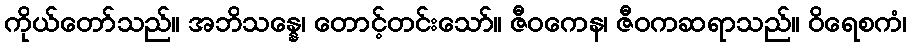
ကိုယ်တော်သည်။ အဘိသန္နေ၊ တောင့်တင်းသော်။ ဇီဝကေန၊ ဇီဝကဆရာသည်။ ဝိရေစကံ၊